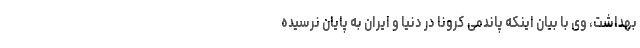
بهداشت، وی با بیان اینکه پاندمی کرونا در دنیا و ایران به پایان نرسیده